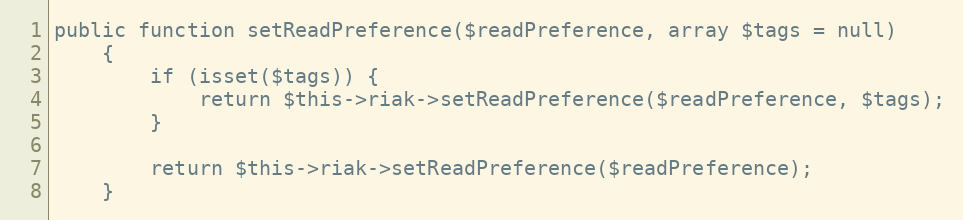
Language: PHP
public function setReadPreference($readPreference, array $tags = null)
    {
        if (isset($tags)) {
            return $this->riak->setReadPreference($readPreference, $tags);
        }

        return $this->riak->setReadPreference($readPreference);
    }